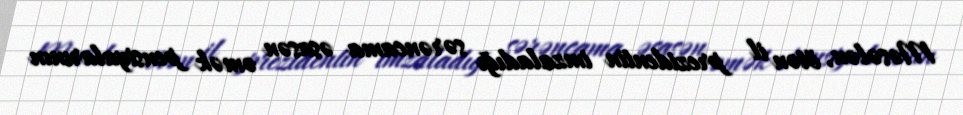
Məsələn, ötən il prezidentin imzaladığı sərəncama əsasən əmək pensiyalarının